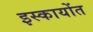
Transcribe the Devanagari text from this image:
इस्कायोंत